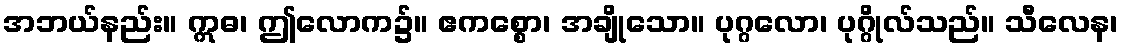
အဘယ်နည်း။ ဣဓ၊ ဤလောက၌။ ဧကစ္စော၊ အချိုသော။ ပုဂ္ဂလော၊ ပုဂ္ဂိုလ်သည်။ သီလေန၊